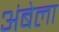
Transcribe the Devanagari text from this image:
अंबेला